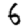
Digit: 6